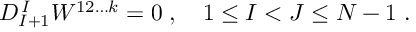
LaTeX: D _ { I + 1 } ^ { \, I } W ^ { 1 2 \ldots k } = 0 \; , \quad 1 \leq I < J \leq N - 1 \; .